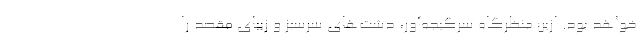
خواهد بود. ازین منظرگاه سرگیجه‌آور، دشت‌های سرسبز و زیبای مقصد را